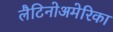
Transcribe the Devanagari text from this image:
लैटिनोअमेरिका